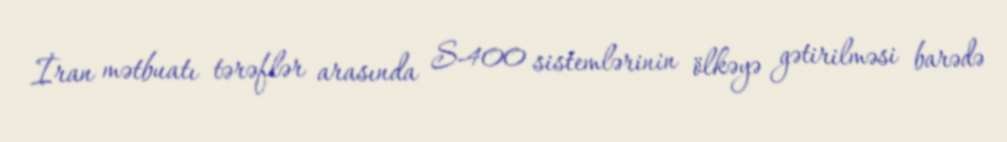
İran mətbuatı tərəflər arasında S-400 sistemlərinin ölkəyə gətirilməsi barədə